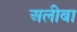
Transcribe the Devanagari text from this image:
अलीबा